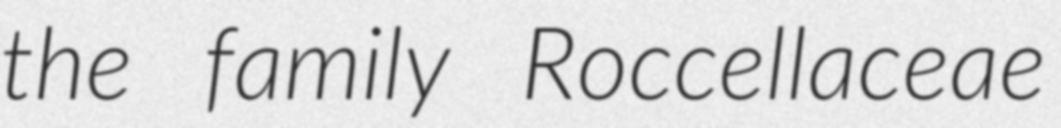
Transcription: the family Roccellaceae